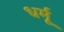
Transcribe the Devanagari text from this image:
धर्मू